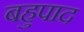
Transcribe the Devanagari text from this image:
बहुपाद